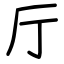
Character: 厅